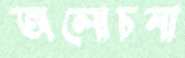
অলোচনা